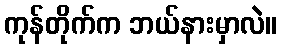
ကုန်တိုက်က ဘယ်နားမှာလဲ။